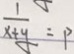
\frac { 1 } { x + y } = P